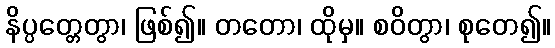
နိပ္ပတ္တေတွာ၊ ဖြစ်၍။ တတော၊ ထိုမှ။ စဝိတွာ၊ စုတေ၍။